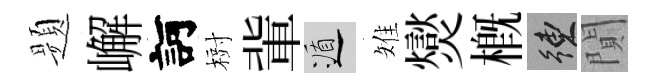
题嶰訶𣗳軰遁雉爕概練閴